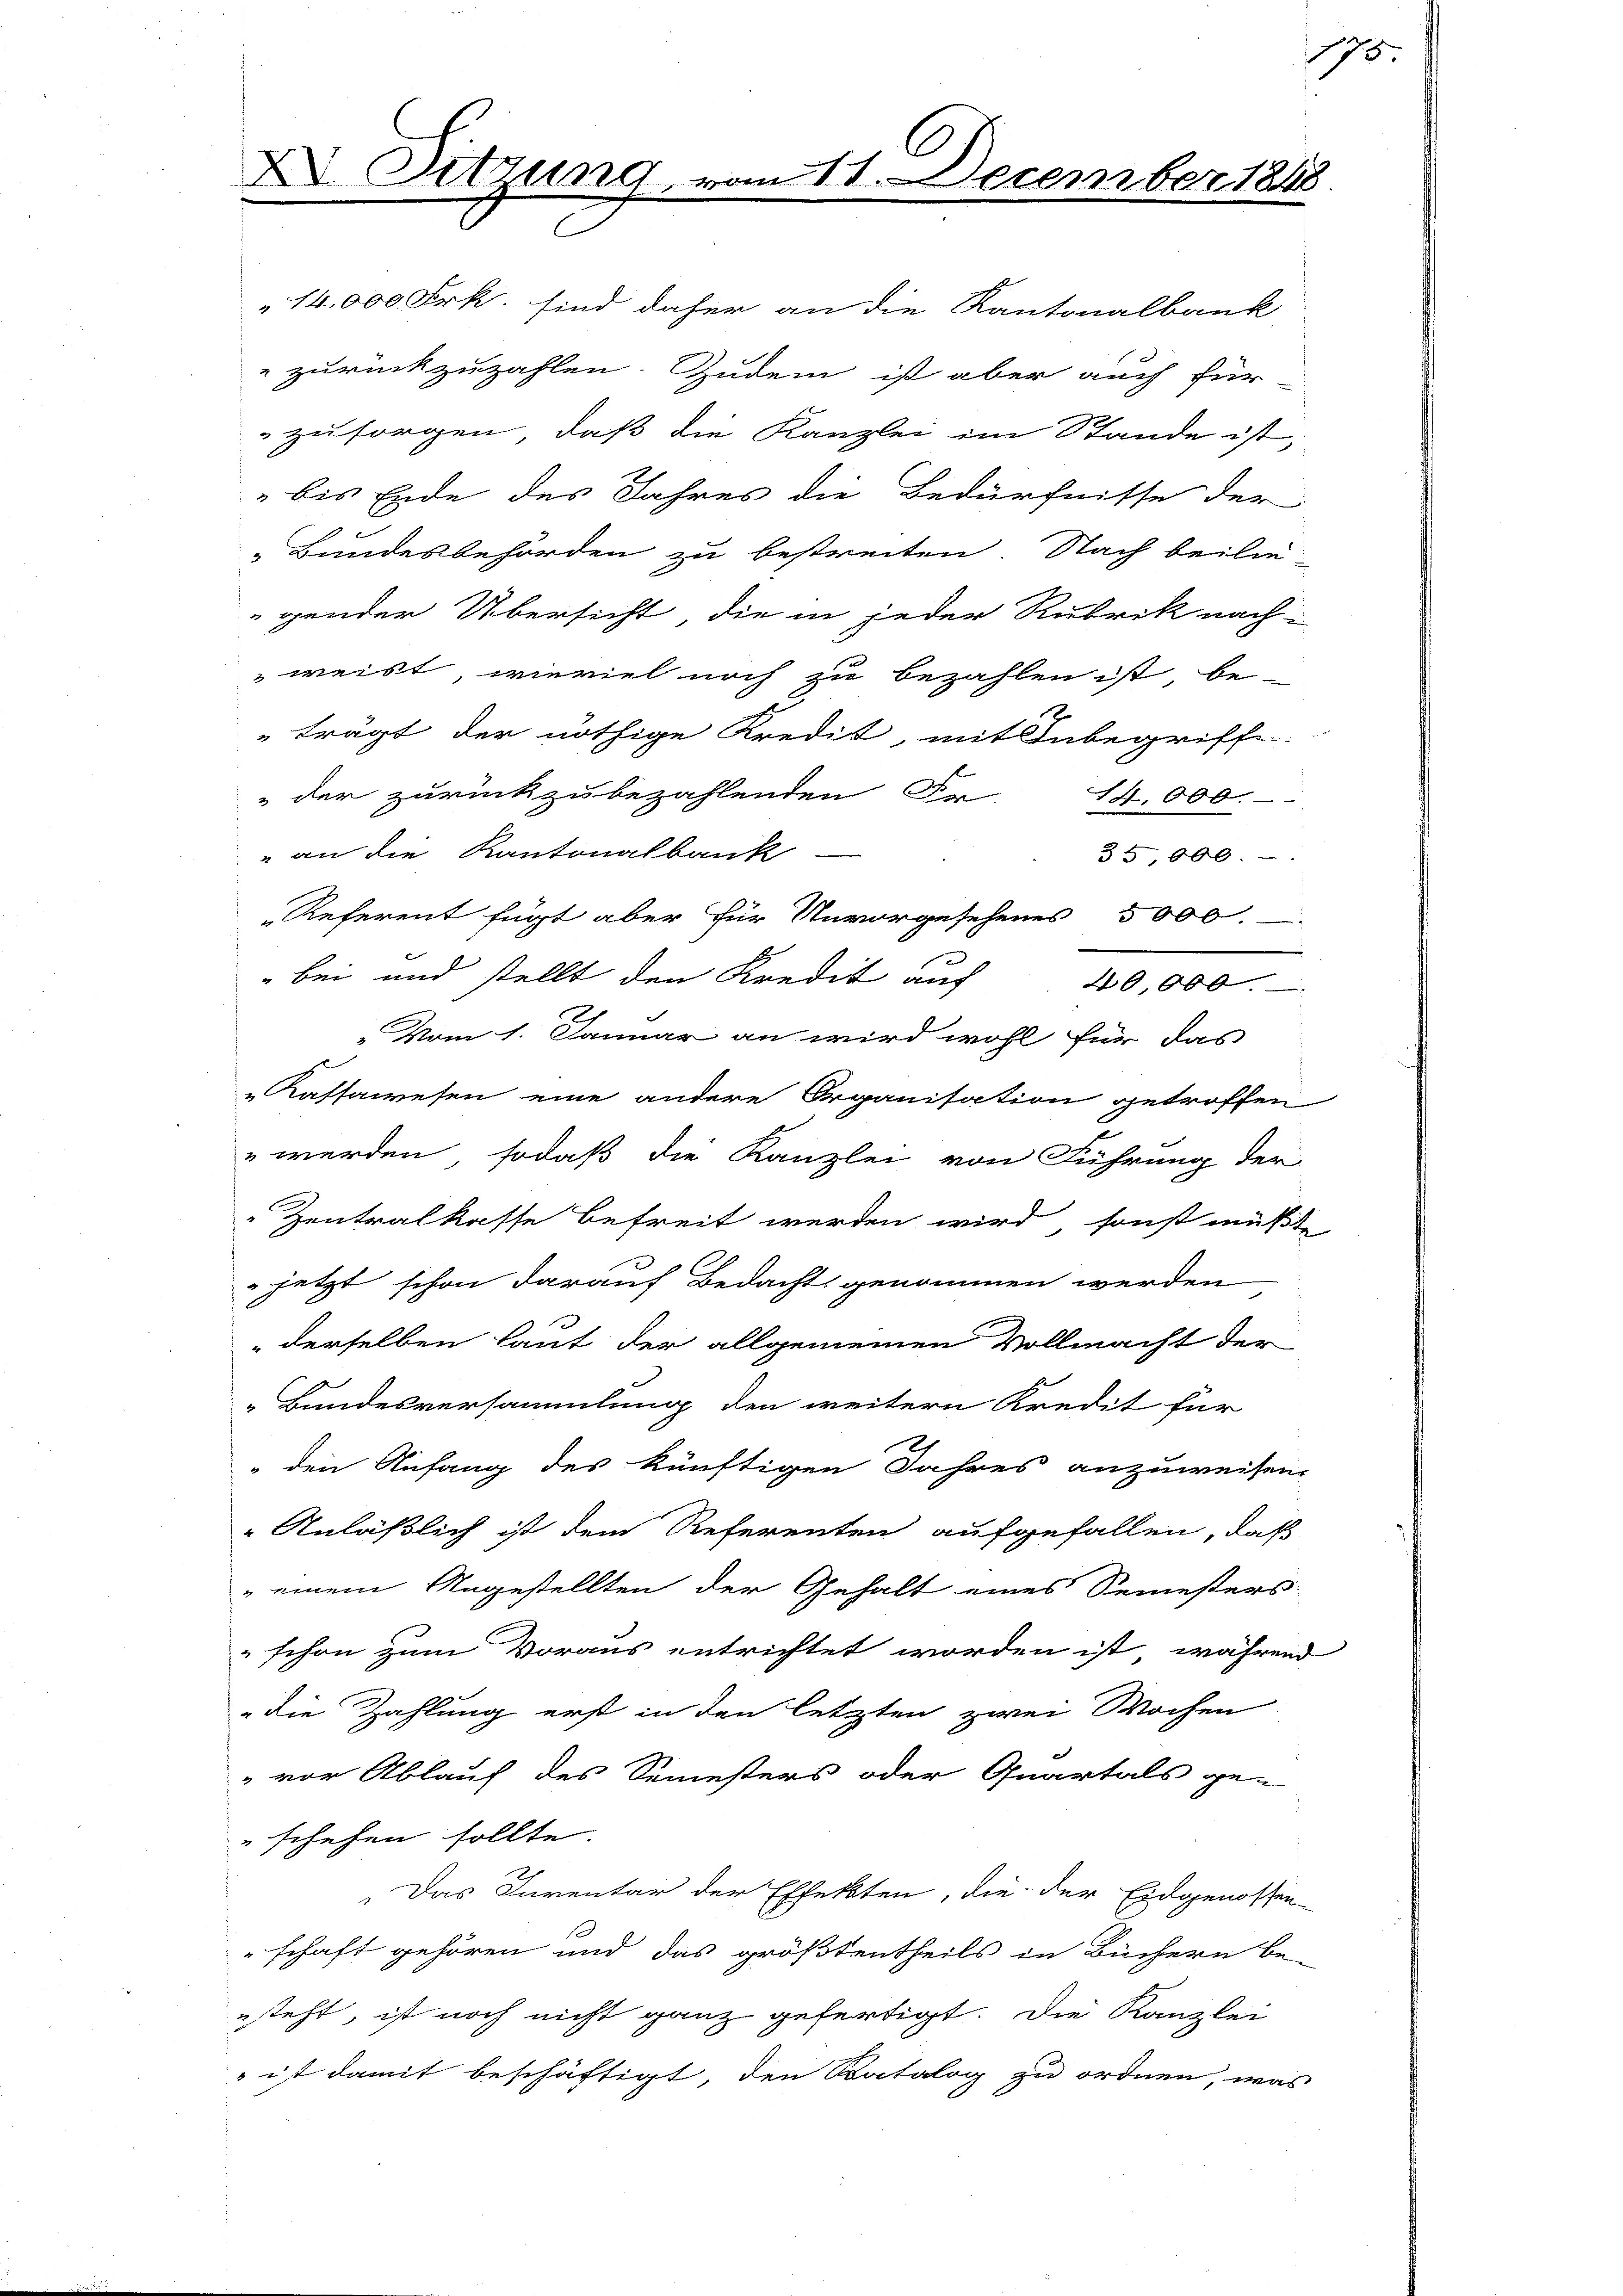
XV Sitzung
.

C
211. December 1848

14,000 Frk. sind daher an die Kantonalbank
zurückzuzahlen. Zudem ist aber auch für
zu sorgen, daß die Kanzlei im Stande ist,
bis Ende des Jahres die Bedürfnisse der
„Bundesbehörden zu bestreiten. Nach beilie
gender Übersicht die in jeder Rubrik nachweist, wieviel noch zu bezahlen ist, be-
trägt der nöthige Kredit, mit Inbegriffe
" der zurückzubezahlenden Fr. 14,000.-
 an die Kantonalbank
35,000.
Referent fügt aber für Unvorgesehenes 5000.
" bei und stellt den Kredit auf 40,000.
„Vom 1. Januar an wird wohl für das
Kassawesen eine andere Organisation getroffen
" werden, sodaß die Kanzlei von Führung der
Zentralkasse befreit werden wird, sonst müßte
jetzt schon darauf Bedacht genommen werden
" derselben laut der allgemeinen Vollmacht der
Bundesversammlung den weitern Kredit für
den Anfang des künftigen Jahres anzuweisen.
Anläßlich ist dem Referenten aufgefallen, daß
 einem Angestellten der Gehalt eines Semesters
schon zum Voraus entrichtet worden ist, während
die Zahlung erst in den letzten zwei Wochen
" vor Ablauf des Semesters oder Quartals ge-
schehen sollte.
Das Inventar der Effekten, die der Eidgenossen-
schaft gehören und das größtentheils in Büchern be-
esteht, ist noch nicht ganz gefertigt. Die Kanzlei
 ist damit beschäftigt, den Ratalog zu ordnen, was

175.